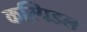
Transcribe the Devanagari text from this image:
कस्पिडल